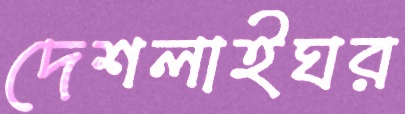
দেশলাইঘর